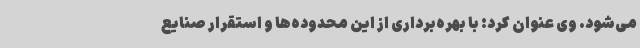
می‌شود. وی عنوان کرد: با بهره‌برداری از این محدوده‌ها و استقرار صنایع